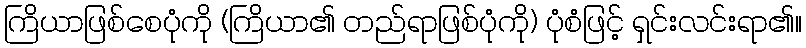
ကြိယာဖြစ်စေပုံကို (ကြိယာ၏ တည်ရာဖြစ်ပုံကို) ပုံစံဖြင့် ရှင်းလင်းရာ၏။